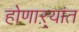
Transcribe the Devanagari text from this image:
होणाऱ्यांत